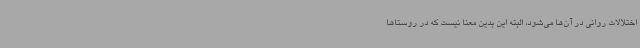
اختلالات روانی در آن‌ها می‌شود، البته این بدین معنا نیست که در روستاها